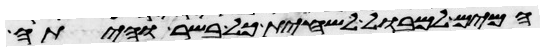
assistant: המים למבול להשחית כל בשר והיתה